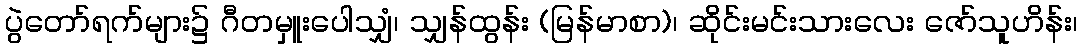
ပွဲတော်ရက်များ၌ ဂီတမှူးပေါသျှံ၊ သျှန်ထွန်း (မြန်မာစာ)၊ ဆိုင်းမင်းသားလေး ဇော်သူဟိန်း၊